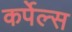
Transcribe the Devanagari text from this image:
कर्पेल्स